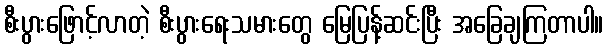
စီးပွားဖြောင့်လာတဲ့ စီးပွားရေးသမားတွေ မြေပြန့်ဆင်းပြီး အခြေချကြတာပါ။